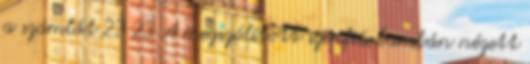
a számlát 23 23 A megszólított szépfiú bambán nézett